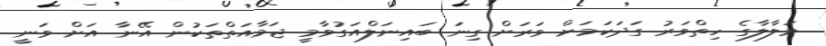
މަލާލާގެ ހިތްވަރު ގަދަކަމަށް ވަރަށް ގިނަ ބައިނަލްއަގުވާމީ ޖަމާއަތްތަކުން އޭނާ އަށް ވަނީ